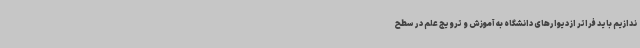
ندازیم باید فراتر از دیوارهای دانشگاه به آموزش و ترویج علم در سطح